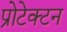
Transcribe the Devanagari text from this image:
प्रोटेक्टन